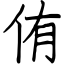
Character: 侑